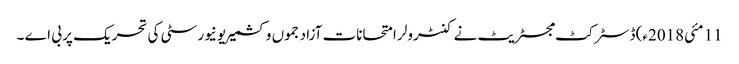
11 مئی2018ء) ڈسٹر کٹ مجسٹریٹ نے کنٹرولر امتحانات آزاد جموں وکشمیر یونیورسٹی کی تحریک پر بی اے ۔